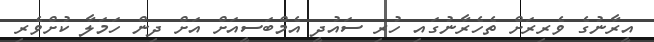
އީރާނުގެ ވެރިރަށް ތެހެރާނުގައި ހުރި ސައުދީ އެމްބަސީއަށް އަށް ދިން ހަމަލާ ކުށްވެރި